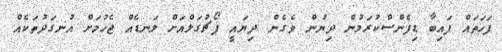
ފަހަތައް ފައިބާ ޑިފެންސްކުރަމުން ދިޔުން ވެގެން ދިޔައީ ޕޯޗުގަލްއަށް ލަނޑެއް ޖެހުމަށް އުނގަދުތަކެއް